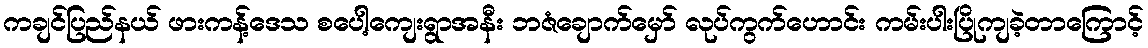
ကချင်ပြည်နယ် ဖားကန့်ဒေသ စပေါ့ကျေးရွာအနီး ဘဇံချောက်မှော် လုပ်ကွက်ဟောင်း ကမ်းပါးပြိုကျခဲ့တာကြောင့်